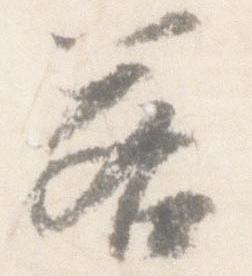
若